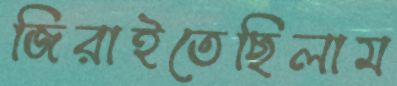
জিরাইতেছিলাম